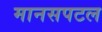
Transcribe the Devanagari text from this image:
मानसपटल